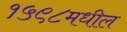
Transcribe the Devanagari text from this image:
१५९८मधील